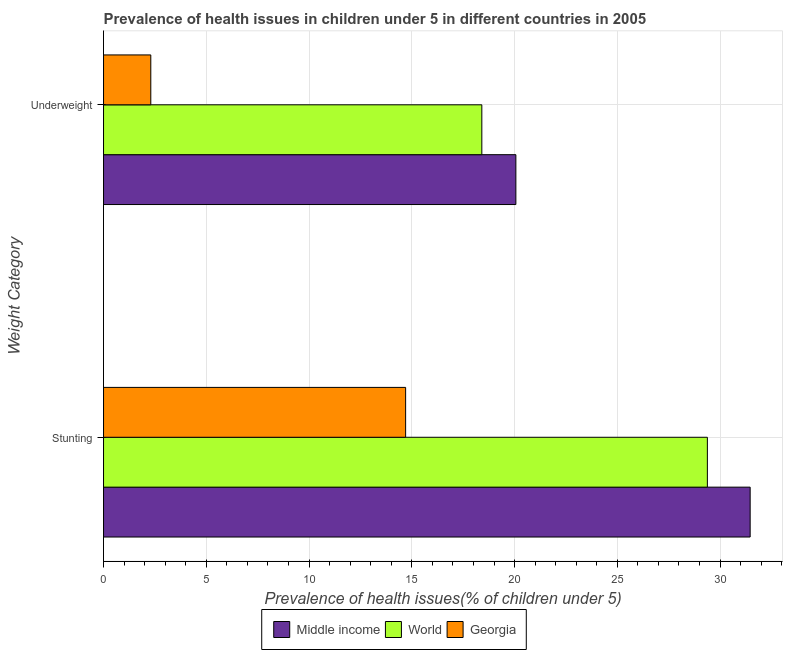
| Weight Category | Middle income | World | Georgia |
 | --- | --- | --- | --- |
 | Stunting | 31.5 | 29.4 | 14.7 |
 | Underweight | 20.1 | 18.4 | 2.3 |